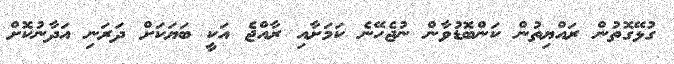
ގުޅޭގޮތުން ރައްޔިތުން ކަންބޮޑުވާން ނުޖެހޭނެ ކަމަށާއި ރާއްޖެ އަކީ ބަޔަކަށް ދަރަނި އަދާނުކޮށް